画像に写った文字を読んでください
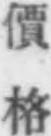
「價格」と書いてあります